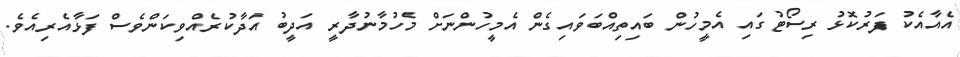
އެއާއެކު ފަރުކޮޅު ރިސޯޓުގައި އެމީހުން ބައިތިއްބަވައިގެން އެމީހުންނަށް މެހުމާނުދާރީ އަދީބު އަދާކުރެއްވިކަންވެސް ފަޅާއެރިއެވެ.